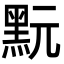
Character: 𪐬